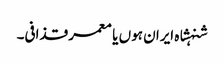
شنہشاہ ایران ہوں یا معمر قذافی۔